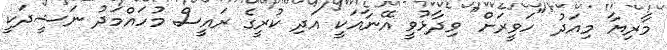
މާރިޔާ މިއަދު "ހަވީރަށް" ވިދާޅުވީ އޭނާއަކީ އަދި ކުރީގެ ރައީސް މުހައްމަދު ނަޝީދަކީ